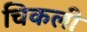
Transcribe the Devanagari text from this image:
चिकली